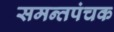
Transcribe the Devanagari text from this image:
समन्तपंचक